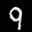
Label: 9